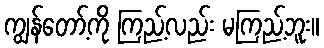
ကျွန်တော့်ကို ကြည့်လည်း မကြည့်ဘူး။